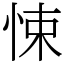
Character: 悚